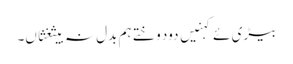
بیڑی ئے کہنیں دود وختے ہم بدل نہ بیثغثاں۔